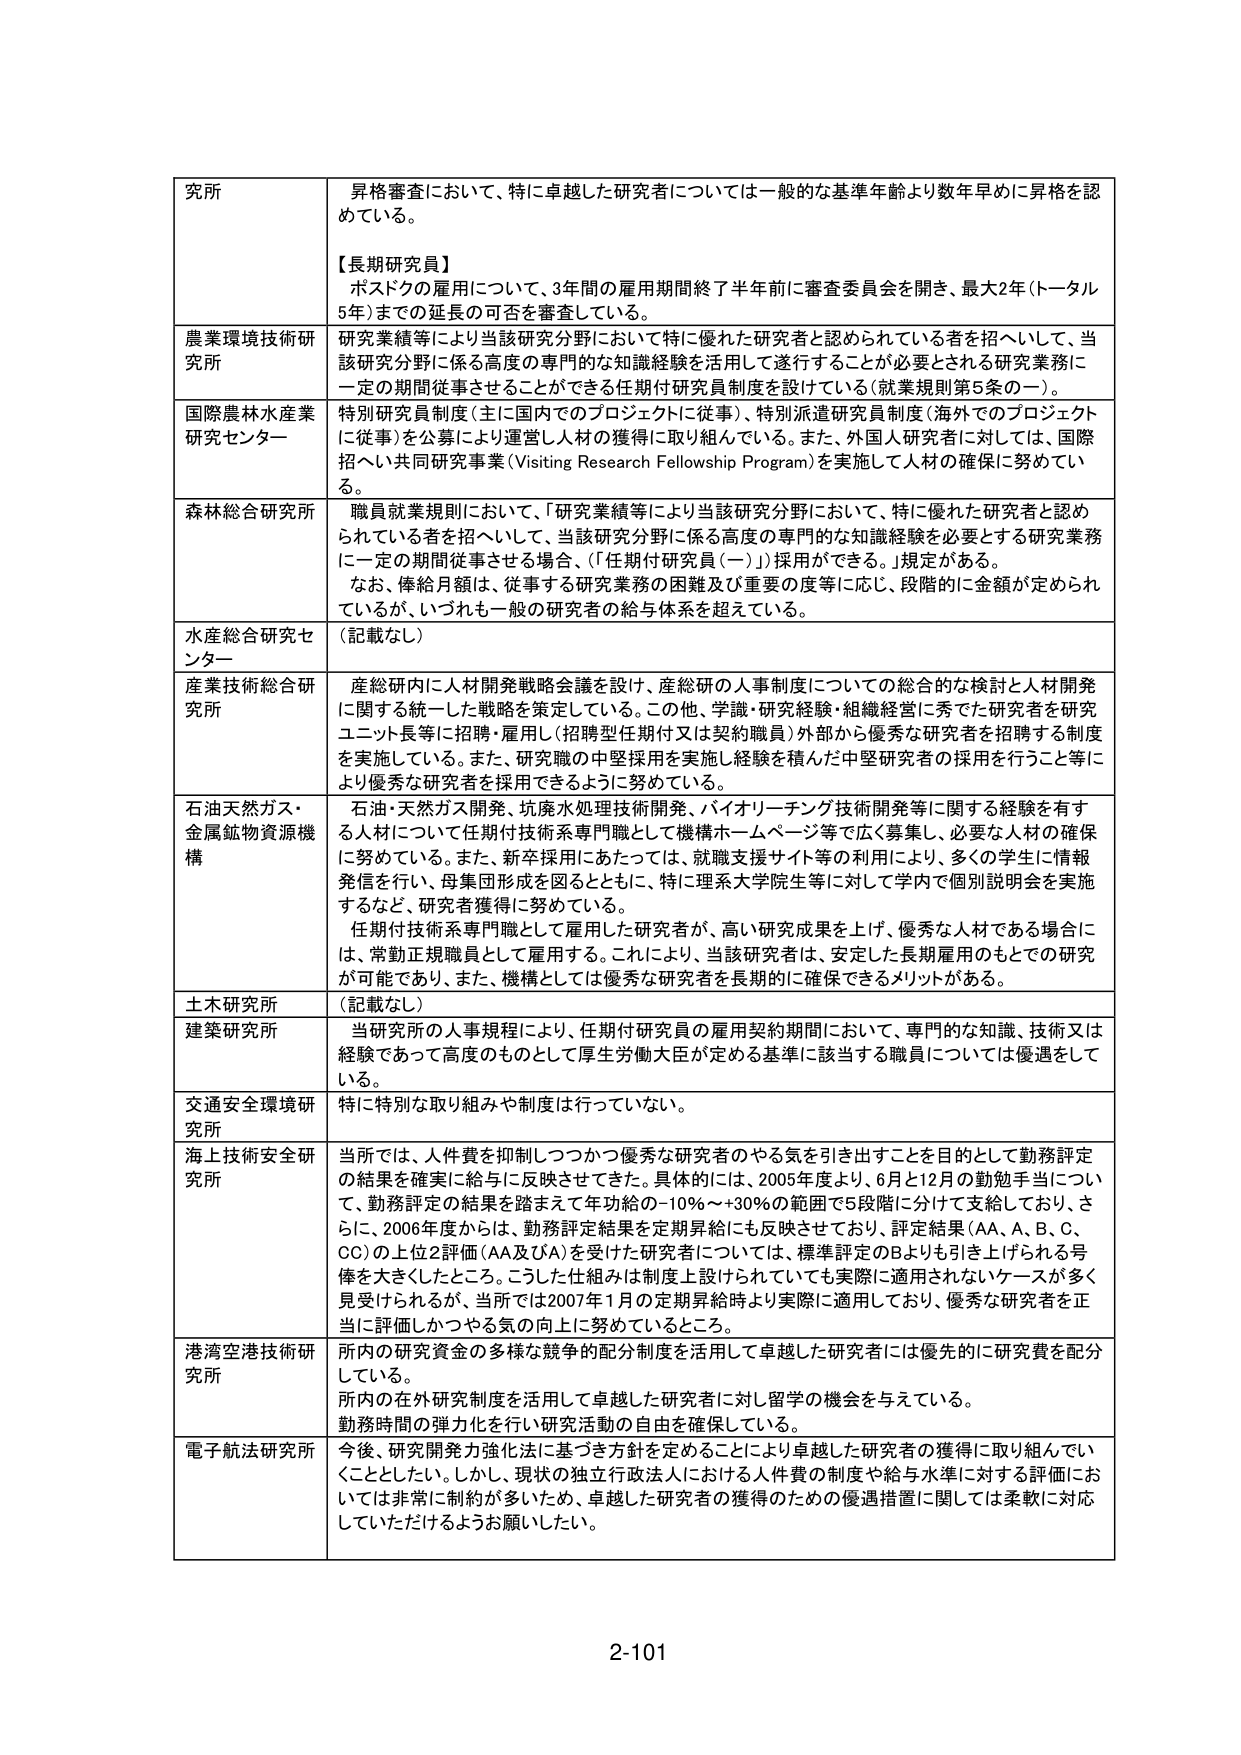
研究所 昇格審査において、特に卓越した研究者については一般的な基準年齢より数年早めに昇格を認めている。 【長期研究員】 ポスドクの雇用について、3年間の雇用期間終了半年前に審査委員会を開き、最大2年（トータル5年）までの延長の可否を審査している。 農業環境技術研究所 研究業績等により当該研究分野において特に優れた研究者と認められている者を招へいして、当該研究分野に係る高度の専門的な知識経験を活用して遂行することが必要とされる研究業務に一定の期間従事させることができる任期付研究員制度を設けている（就業規則第5条の一）。 国際農林水産業研究センター 特別研究員制度（主に国内でのプロジェクトに従事）、特別派遣研究員制度（海外でのプロジェクトに従事）を公募により運営し人材の獲得に取り組んでいる。また、外国人研究者に対しては、国際招へい共同研究事業（Visiting Research Fellowship Program）を実施して人材の確保に努めている。 森林総合研究所 職員就業規則において、「研究業績等により当該研究分野において、特に優れた研究者と認められている者を招へいして、当該研究分野に係る高度の専門的な知識経験を必要とする研究業務に一定の期間従事させる場合、「任期付研究員（一）」採用ができる。」規定がある。 なお、俸給月額は、従事する研究業務の困難及び重要の度に応じ、段階的に金額が定められているが、いずれも一般の研究者の給与体系を超えている。 水産総合研究センター （記載なし） 産業技術総合研究所 産総研内に人材開発戦略会議を設け、産総研の人事制度についての総合的な検討と人材開発に関する統一した戦略を策定している。この他、学識・研究経験・組織経営に秀でた研究者を研究ユニット長等に招聘・雇用し（招聘型任期付又は契約職員）外部から優秀な研究者を招聘する制度を実施している。また、研究職の中堅採用を実施し経験を積んだ中堅研究者の採用を行うこと等により優秀な研究者を採用できるように努めている。 石油天然ガス・金属鉱物資源機構 石油・天然ガス開発、坑廃水処理技術開発、バイオリーチング技術開発等に関する経験を有する人材について任期付技術系専門職として機構ホームページ等で広く募集し、必要な人材の確保に努めている。また、新卒採用にあたっては、就職支援サイト等の利用により、多くの学生に情報発信を行い、母集団形成を図るとともに、特に理系大学院生等に対して学内で個別説明会を実施するなど、研究者獲得に努めている。 任期付技術系専門職として雇用した研究者が、高い研究成果を上げ、優秀な人材である場合には、常勤正規職員として雇用する。これにより、当該研究者を、安定した長期雇用のもとでの研究が可能であり、また、機構としては優秀な研究者を長期的に確保できるメリットがある。 土木研究所 （記載なし） 建築研究所 当研究所の人事規程により、任期付研究員の雇用契約期間において、専門的な知識、技術又は経験であって高度のものとして厚生労働大臣が定める基準に該当する職員については優遇をしている。 交通安全環境研究所 特に特別な取り組みや制度は行っていない。 海上技術安全研究所 当所では、人件費を抑制しつつかつ優秀な研究者のやる気を引き出すことを目的として勤務評定の結果を確実に給与に反映させてきた。具体的には、2005年度より、6月と12月の勤勉手当について、勤務評定の結果を踏まえて年功給の-10％～+30％の範囲で5段階に分けて支給しており、さらに、2006年度からは、勤務評定結果を定期昇給にも反映させており、評定結果（AA、A、B、C、CC）の上位2評価（AA及びA）を受けた研究者については、標準評定のBよりも引き上げられる号俸を大きくしたところ。こうした仕組みは制度上設けられても実際に適用されないケースが多く見受けられるが、当所では2007年1月の定期昇給時より実際に適用しており、優秀な研究者を正当に評価しかつやる気の向上に努めているところ。 港湾空港技術研究所 所内の研究資金の多様な競争的配分制度を活用して卓越した研究者には優先的に研究費を配分している。 所内の在外研究制度を活用して卓越した研究者に対し留学の機会を与えている。 勤務時間の弾力化を行い研究活動の自由を確保している。 電子航法研究所 今後、研究開発力強化法に基づき方針を定めることにより卓越した研究者の獲得に取り組んでいくこととしたい。しかし、現状の独立行政法人における人件費の制度や給与水準に対する評価においては非常に制約が多いため、卓越した研究者の獲得のための優遇措置に関しては柔軟に対応していただけるようお願いしたい。 2-101